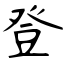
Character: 登